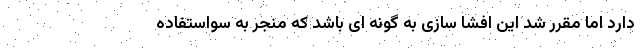
دارد اما مقرر شد این افشا سازی به گونه ای باشد که منجر به سواستفاده